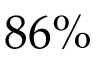
8 6 \%